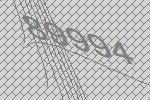
89994